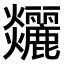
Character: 𤓧